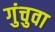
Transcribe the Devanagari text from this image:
गुंचुवा